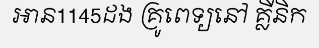
អាន1145ដង គ្រូពេទ្យនៅ គ្លីនិក